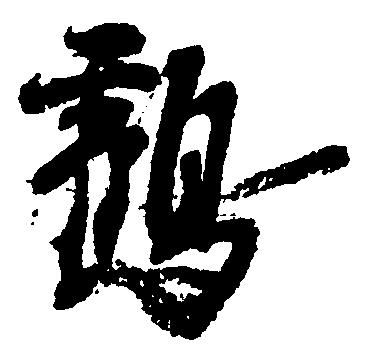
鶴